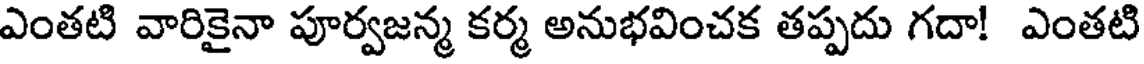
ఎంతటి వారికైనా పూర్వజన్మ కర్మ అనుభవించక తప్పదు గదా! ఎంతటి